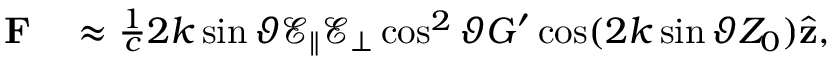
\begin{array} { r l } { \mathbf { F } } & { { } \approx \frac { 1 } { c } 2 k \sin \vartheta \mathcal { E } _ { \| } \mathcal { E } _ { \bot } \cos ^ { 2 } \vartheta G ^ { \prime } \cos ( 2 k \sin \vartheta Z _ { 0 } ) \hat { \mathbf { z } } , } \end{array}